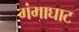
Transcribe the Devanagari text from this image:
गंगाघाट